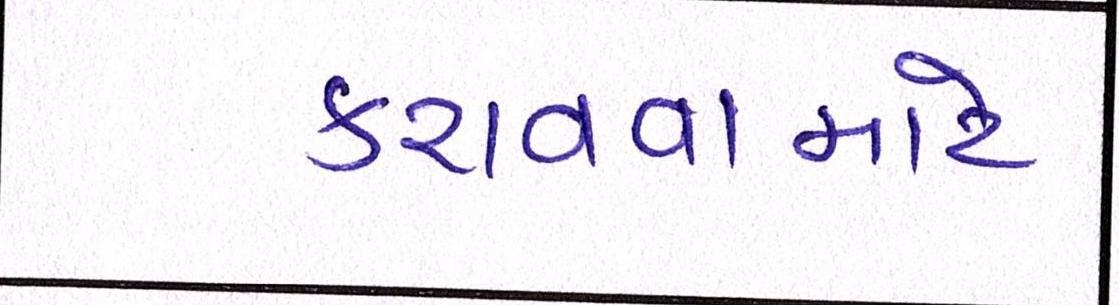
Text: કરાવવામાટે